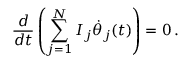
\frac { d } { d t } \left( \sum _ { j = 1 } ^ { N } I _ { j } \dot { \theta } _ { j } ( t ) \right) = 0 \, .